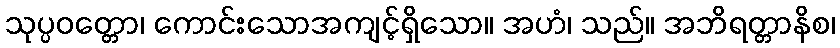
သုပ္ပဝတ္တော၊ ကောင်းသောအကျင့်ရှိသော။ အဟံ၊ သည်။ အဘိရတ္တာနိစ၊